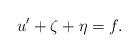
LaTeX: \begin{align*}u'+\zeta+\eta=f.\end{align*}